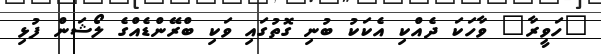
"ހަވީރާ" ވާހަކަ ދެއްކި އެކަކު ބުނި ގޮތުގައި ވަކި ބްރޭންޑެއްގެ ލޯޝަން ފުޅި